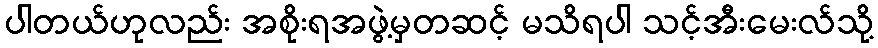
ပါတယ်ဟုလည်း အစိုးရအဖွဲ့မှတဆင့် မသိရပါ သင့်အီးမေးလ်သို့